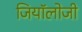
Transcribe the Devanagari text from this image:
जियॉलोजी